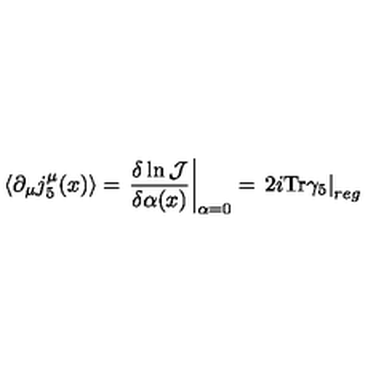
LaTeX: \langle \partial _ { \mu } j _ { 5 } ^ { \mu } ( x ) \rangle = \left. \frac { \delta \ln { \mathcal J } } { \delta \alpha ( x ) } \right| _ { \alpha = 0 } = \left. 2 i \mathrm { T r } \gamma _ { 5 } \right| _ { r e g }